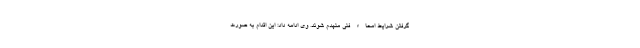
گرفتن شرایط امحاء فنی منهدم شوند. وی ادامه داد: این اقدام به صورت